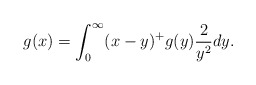
\begin{align*}g(x)= \int_0^{\infty}(x-y)^+ g(y)\frac{2}{y^2}dy.\end{align*}